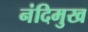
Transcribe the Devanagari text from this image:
नंदिमुख